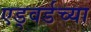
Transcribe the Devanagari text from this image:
एड्वर्डच्या